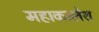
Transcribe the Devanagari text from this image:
महाकालेश